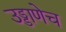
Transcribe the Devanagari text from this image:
उड्डाणेच